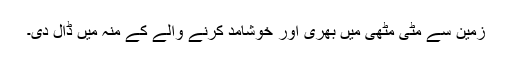
زمین سے مٹی مُٹھی میں بھری اور خوشامد کرنے والے کے منہ میں ڈال دی۔